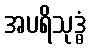
အပရိသုဒ္ဓံ